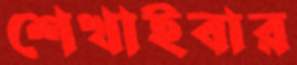
শেখাইবার